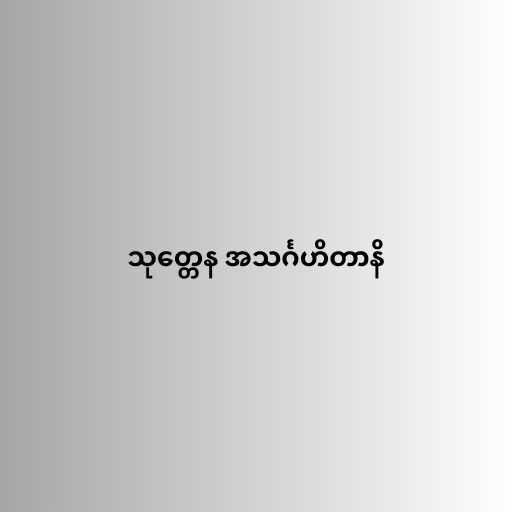
သုတ္တေန အသင်္ဂဟိတာနိ